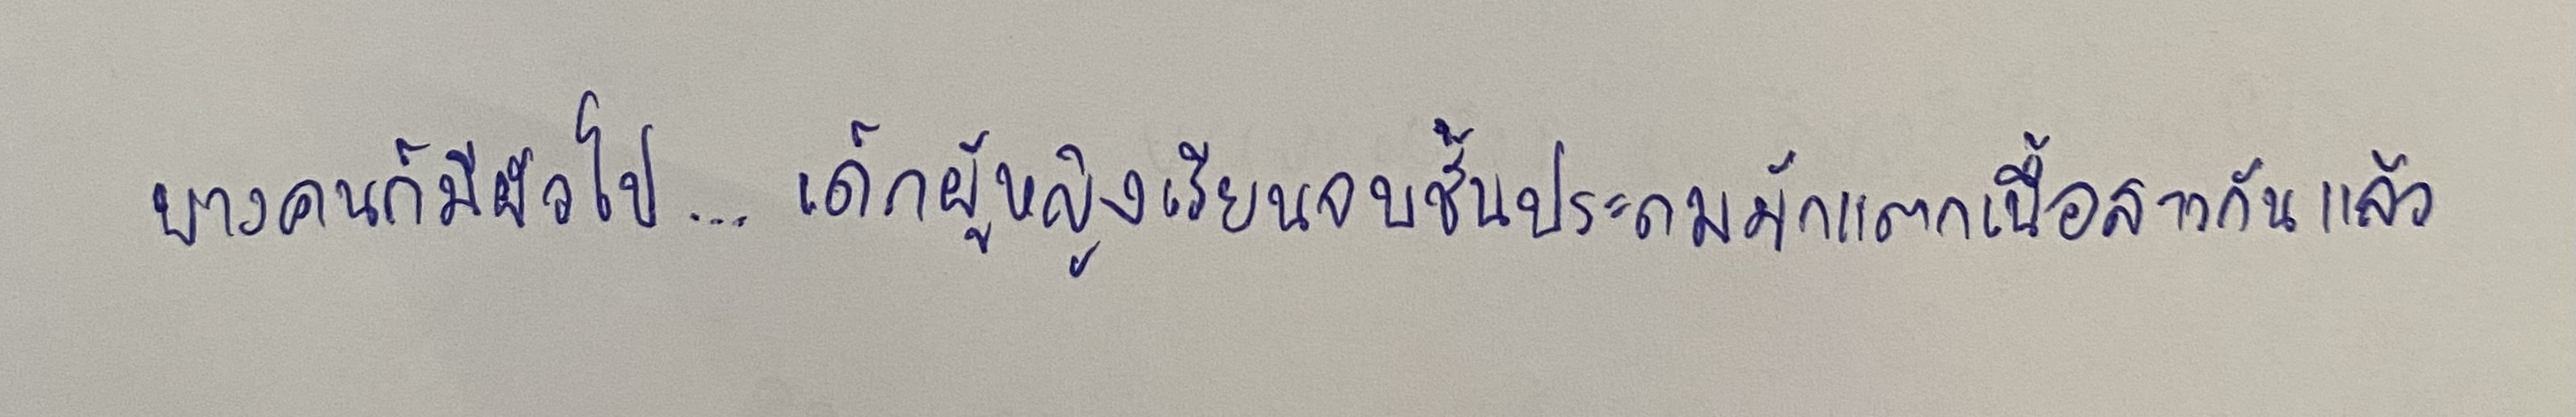
บางคนก็มีผัวไป...เด็กผู้หญิงเรียนจบชั้นประถมมักแตกเนื้อสาวกันแล้ว